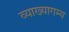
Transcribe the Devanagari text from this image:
व्याख्यागम्य